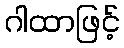
ဂါထာဖြင့်